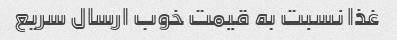
غذا نسبت به قیمت خوب ارسال سریع